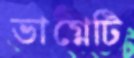
ভাগ্নেটি